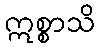
ဣစ္စာသိ